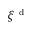
\xi ^ { \mathrm { ~ d ~ } }